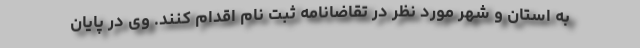
به استان و شهر مورد نظر در تقاضانامه ثبت نام اقدام کنند. وی در پایان